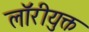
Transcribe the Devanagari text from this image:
लॉरीयुक्त